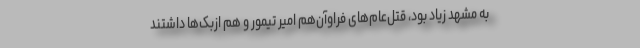
به مشهد زیاد بود، قتل‌عام‌های فراوآن‌هم امیر تیمور و هم ازبک‌ها داشتند